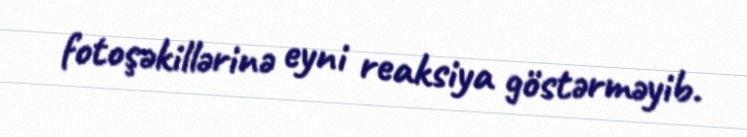
fotoşəkillərinə eyni reaksiya göstərməyib.